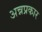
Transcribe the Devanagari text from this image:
अन्नप्रकार